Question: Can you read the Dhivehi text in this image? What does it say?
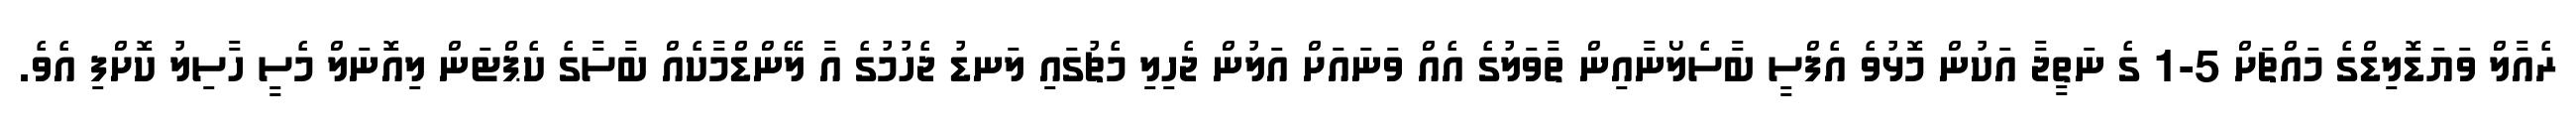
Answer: ރެއާލް ވަޔަޑޮލިޑްގެ މައްޗަށް 5-1 ގެ ނަތީޖާ އަކުން މޮޅުވެ އެފްސީ ބާސެލޯނާއިން ތާވަލުގެ އެއް ވަނައަށް އަލުން ޖެހިލި މެޗުގައި ލަނޑު ޖެހުމުގެ އާ ލޭންޑްމާކެއް ބާސާގެ ކެޕްޓަން ލިއޮނަލް މެސީ ހާސިލު ކޮށްފި އެވެ.